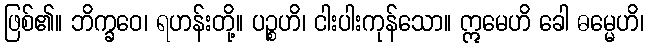
ဖြစ်၏။ ဘိက္ခဝေ၊ ရဟန်းတို့။ ပဉ္စဟိ၊ ငါးပါးကုန်သော။ ဣမေဟိ ခေါ ဓမ္မေဟိ၊